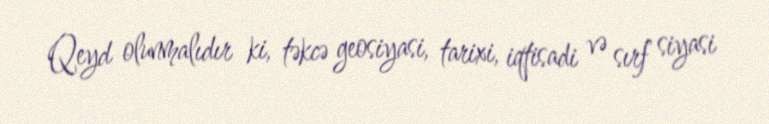
Qeyd olunmalıdır ki, təkcə geosiyasi, tarixi, iqtisadi və sırf siyasi